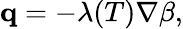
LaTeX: \begin{array}{r}{\mathbf q=-\lambda(T)\nabla\beta,}\end{array}